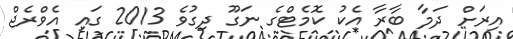
އިރަށް ދަމާ ބާރާ އެކު ކޮމެޓްގެ ނަގޫ ދިގުވެ 2013 ގައި އެވްރެޖް